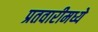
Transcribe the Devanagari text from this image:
प्रतवारीमध्ये